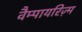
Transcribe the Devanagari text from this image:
वैम्पायरिज़्म